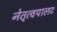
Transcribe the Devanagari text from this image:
नेतृत्वपालट